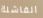
الفاشلة